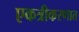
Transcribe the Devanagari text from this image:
एकत्रीकरणात